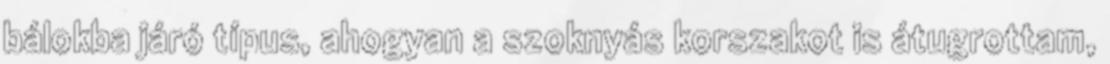
bálokba járó típus, ahogyan a szoknyás korszakot is átugrottam,